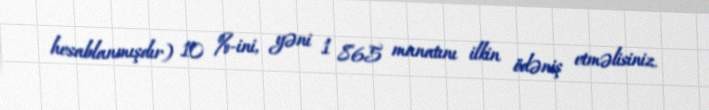
hesablanmışdır) 10 %-ini, yəni 1 865 manatını ilkin ödəniş etməlisiniz.